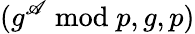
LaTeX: (g^{\mathscr{A}}{\bmod{p}},g,p)